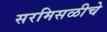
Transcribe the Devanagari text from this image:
सरमिसळीचे